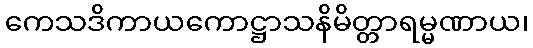
ကေသဒိကာယကောဋ္ဌာသနိမိတ္တာရမ္မဏာယ၊